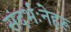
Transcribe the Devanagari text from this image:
संदर्भःनेहरू